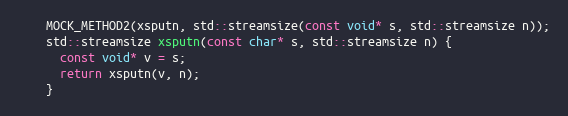
Language: C++
    MOCK_METHOD2(xsputn, std::streamsize(const void* s, std::streamsize n));
    std::streamsize xsputn(const char* s, std::streamsize n) {
      const void* v = s;
      return xsputn(v, n);
    }